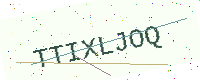
Text: TTIXLJOQ